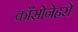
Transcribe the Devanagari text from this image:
काँसोनेहरो